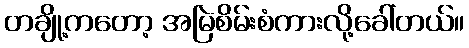
တချို့ကတော့ အမြဲစိမ်းစံကားလို့ခေါ်တယ်။